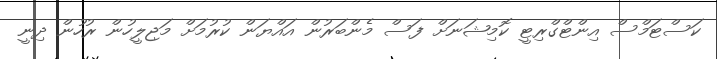
ކަސްޓަމްސް އިންޓްގްރިޓީ ކޮމިޝަނަށް ފަސް މެންބަރުން އައްޔަން ކުރުމަށް މަޖިލީހުން ރުހުން ދިނީ